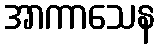
အာကာသေန